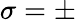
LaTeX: \sigma=\pm